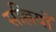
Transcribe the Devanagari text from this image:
सल्लियाँ